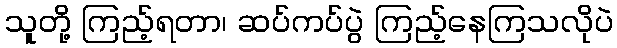
သူတို့ ကြည့်ရတာ၊ ဆပ်ကပ်ပွဲ ကြည့်နေကြသလိုပဲ